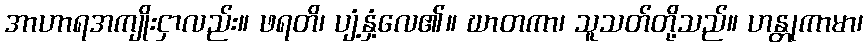
အာဟာရအကျိုးငှာလည်း။ ဖရတိ၊ ပျံ့နှံ့လေ၏။ ဃာတကာ၊ သူသတ်တို့သည်။ ဟန္တုကာမာ၊